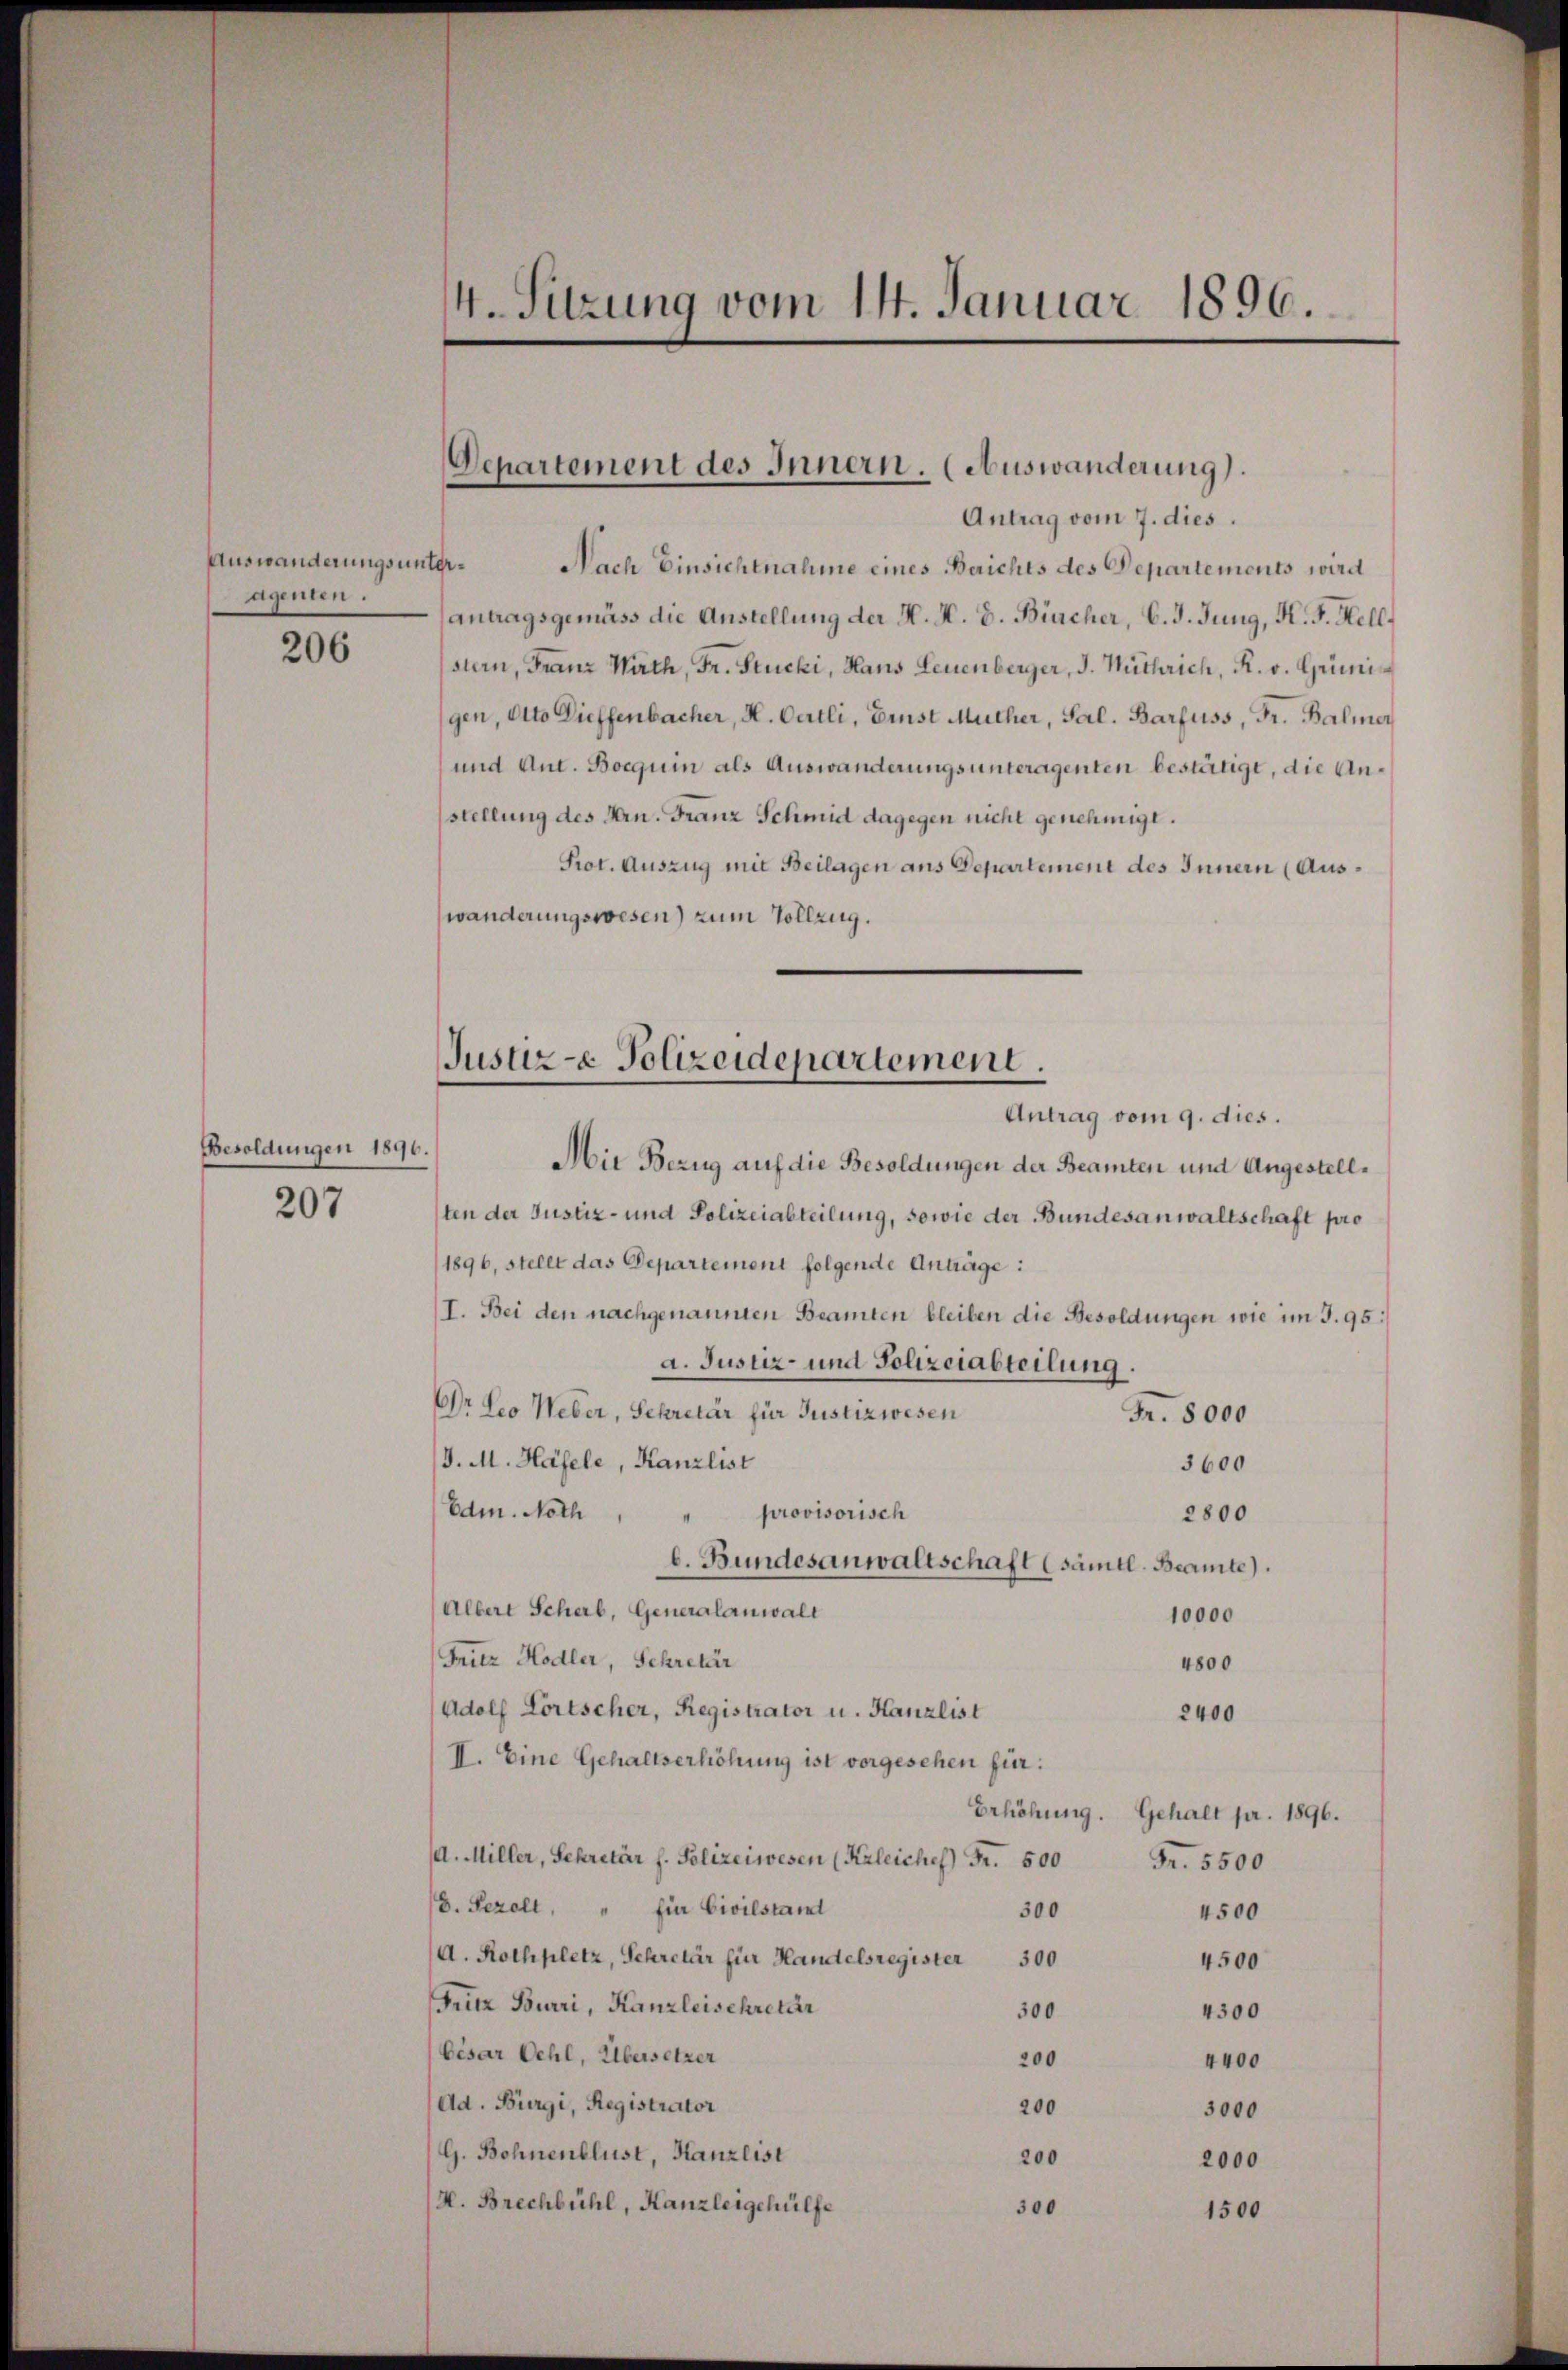
Auswanderungsuntergenten.

206

Besoldungen 1896.

Antrag vom 7. dies
Nach Einsichtnahme eines Berichts des Departements wird
antragsgemäss die Anstellung der H. M. D. Bircher, C. J. Jung, K. J. Hell
stern, Franz Nath, Fr. Stucki, Hans Leuenberger, J. Müthrich, R. v. Grimigen, Otto Dieffenbacher, H. Oertli, Ernst Muther, Sal. Barfuss, Fr. Balmer
und Ant. Boguin als Auswanderungsunteragenten bestätigt, die Anstellung des Hrn. Franz Schmid dagegen nicht genehmigt.
Prot. Auszug mit Beilagen aus Departement des Innern (Auswänderungswesen) zum Vollzug.
Mie Bezug auf die Besoldungen der Beamten und Angestell¬
207 ten der Justiz- und Polizeiabteilung, sowie der Bundesanwaltschaft pro
1896, stellt das Departement folgende Anträge:
I. Bei den nachgenannten Beamten bleiben die Besoldungen wie im J. 95:
a. Justiz- und Polizeiabteilung.
Dr Leo Weber, Sekretär für Justizwesen
Fr. 8000
J. M. Häfele, Kanzlist
3600
Edm. Noth " " provisorisch
2800
b. Bundesanwaltschaft (sämtl. Beamte).
Albert Scheib, Generalanwalt
10000
Fritz Hodler, Schretär
4800
Adolf Fortscher, Registrator u. Kanzlist
2400
II. Eine Gehaltserhöhung ist vorgesehen für:
Erhöhung. Gehalt pr. 1896.
/A. Miller, Sekretär h. Polizeiwesen (Krleichef Fr. 500 Fr. 5500
(D. Sezoll, " Ein Civilstant
300
4500
A. Rothplatz, Sekretär für Handelsregister 300
4500
Friz Burri, Kanzleisekretär
300
4300
César Oehl, Übersetzer
200
4400
Ad. Bürgi, Registrator
200
3000
G. Bohnenblust, Kanzlist
200
2000
(H. Brechbühl, Kanzleigehülfe
300
1500

4. Sitzung vom 14. Januar 1896.

Departement des Innern. (Auswanderung).

Justiz- Polizeidepartement.
Antrag vom 9. dies.